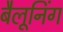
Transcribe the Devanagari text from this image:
बैलूनिंग